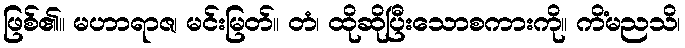
ဖြစ်၏။ မဟာရာဇ၊ မင်းမြတ်။ တံ၊ ထိုဆိုပြီးသောစကားကို။ ကိံမညသိ၊